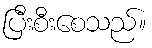
ပြီးစီးစေသည်။